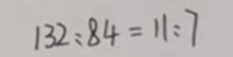
1 3 2 : 8 4 = 1 1 : 7